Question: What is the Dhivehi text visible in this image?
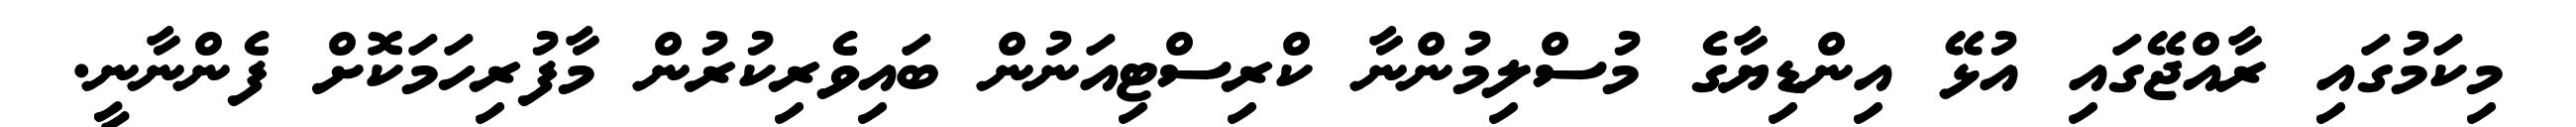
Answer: މިކަމުގައި ރާއްޖޭގައި އުޅޭ އިންޑިޔާގެ މުސްލިމުންނާ ކްރިސްޓިއަނުން ބައިވެރިކުރުން މާފުރިހަމަކޮށް ފެންނާނީ.